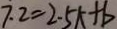
7 . 2 = 2 . 5 k + b